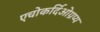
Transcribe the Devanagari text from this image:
एचोकर्दिओग्रप्य